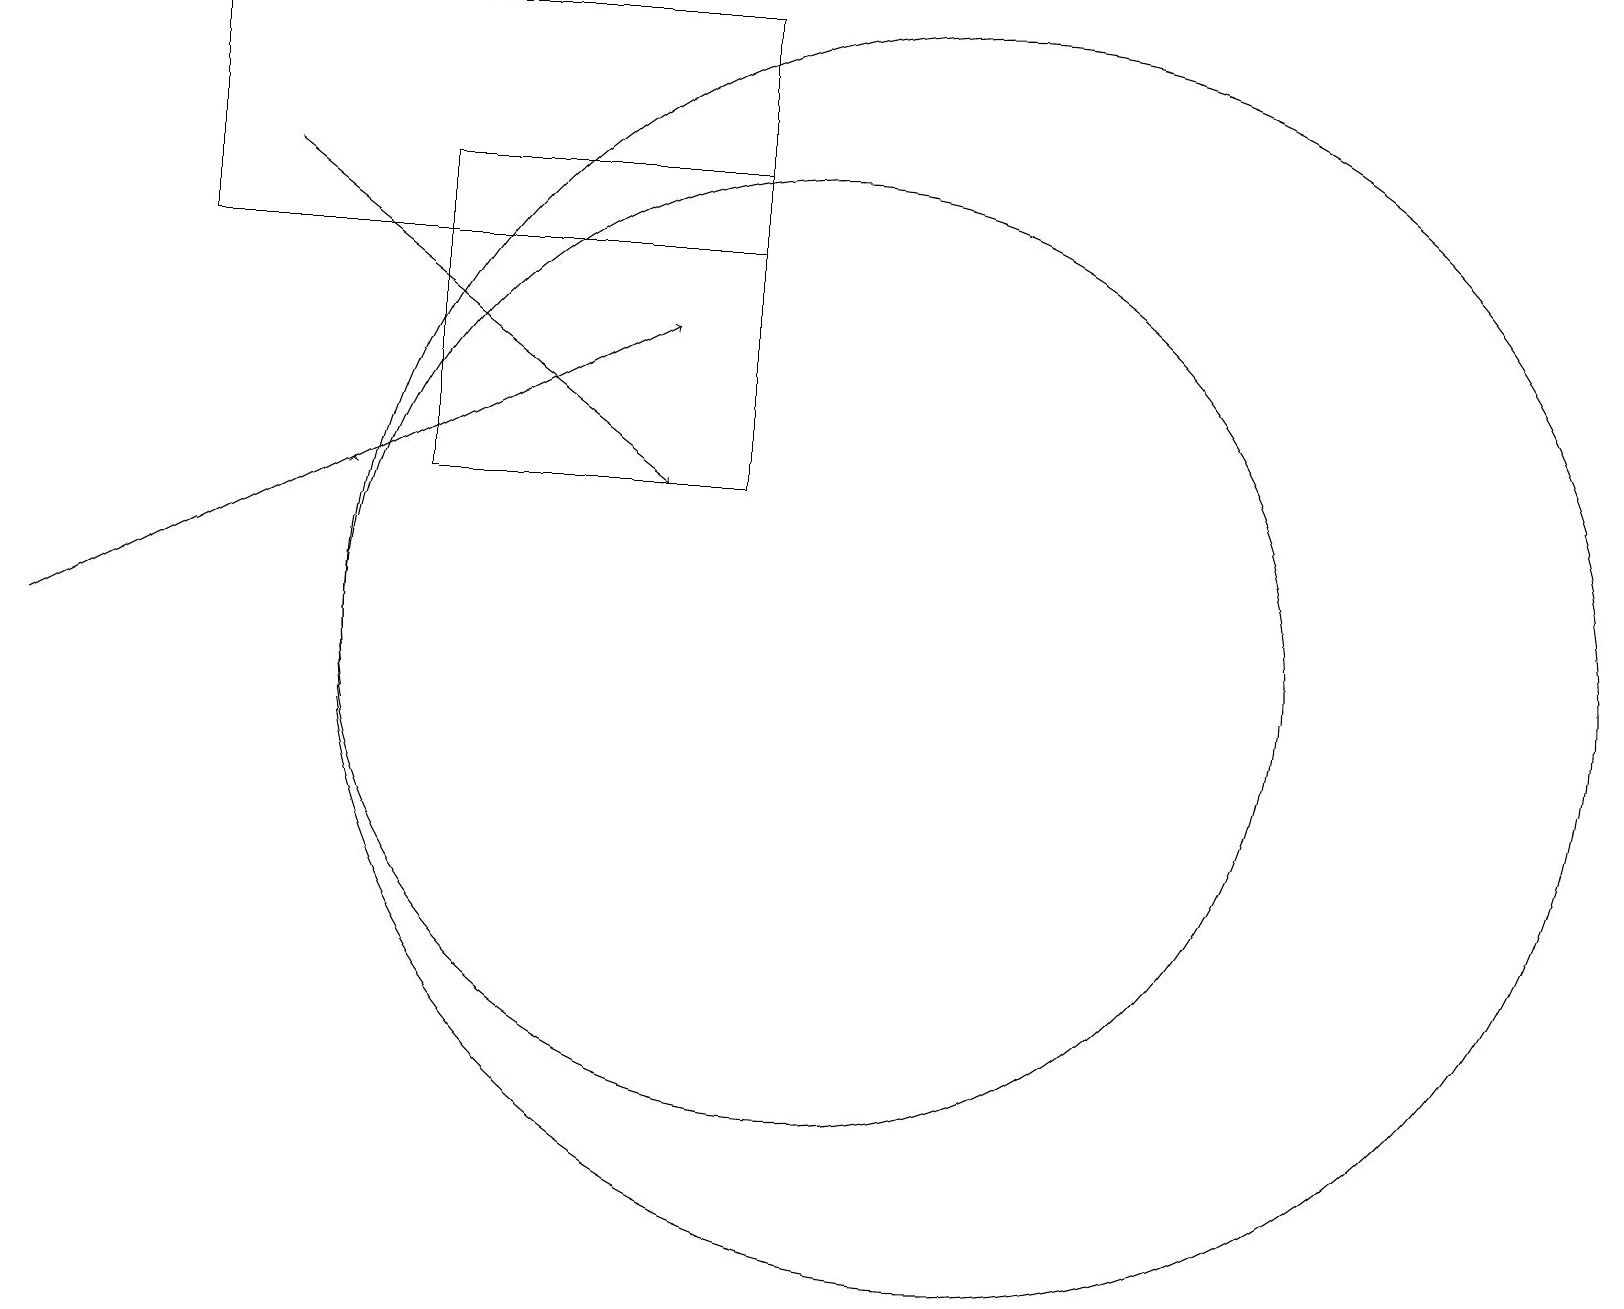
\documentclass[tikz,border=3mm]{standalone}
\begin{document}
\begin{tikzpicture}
\draw (9,17) rectangle (5,13);
\draw (12,11) circle (8);
\draw (10,11) circle (6);
\draw (9,16) rectangle (2,19);
\draw[->] (0,11) -- (8,15);
\draw[->] (3,17) -- (8,13);
\draw (11,11) circle (0);
\draw[->] (4,13) -- (4,13);
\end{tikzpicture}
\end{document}